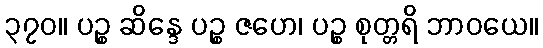
၃၇၀။ ပဉ္စ ဆိန္ဒေ ပဉ္စ ဇဟေ၊ ပဉ္စ စုတ္တရိ ဘာဝယေ။